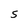
Character: S